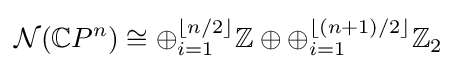
{\mathcal {N}}(\mathbb {C} P^{n})\cong \oplus _{i=1}^{\lfloor n/2\rfloor }\mathbb {Z} \oplus \oplus _{i=1}^{\lfloor (n+1)/2\rfloor }\mathbb {Z} _{2}